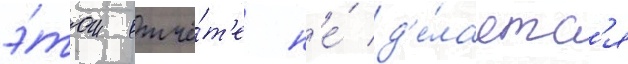
э́том отчё́т'е н'е́ д'е́лаетс'я